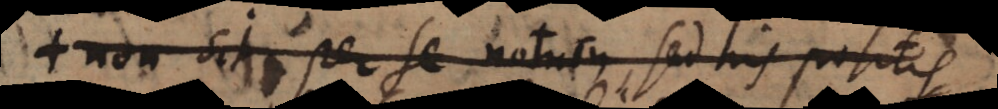
sit per se notum, sed his positis